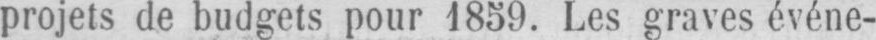
projets de budgets pour 1859. Les graves événe-